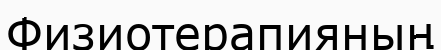
Физиотерапияның